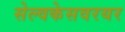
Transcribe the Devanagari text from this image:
सेल्वकेसवरयर